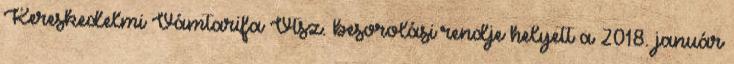
Kereskedelmi Vámtarifa Vtsz. besorolási rendje helyett a 2018. január